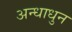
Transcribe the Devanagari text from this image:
अन्धाधुन